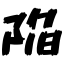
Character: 陥